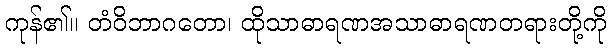
ကုန်၏။ တံဝိဘာဂတော၊ ထိုသာဓာရဏအသာဓာရဏတရားတို့ကို